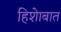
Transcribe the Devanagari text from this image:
हिशेाबात